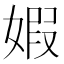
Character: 婽